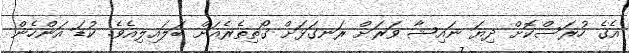
އެގެ ހުރަސްކޮށް ދިޔަ ނައިޝާ ވަރަށް ރަނގަޅަށް ގޯތިތެރެއަށް ބަލައިލިއެވެ. ކުޑަ އަންހެން